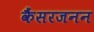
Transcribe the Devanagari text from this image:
कैंसरजनन